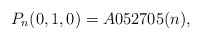
\begin{gather*} P_n(0,1,0) = A052705(n),\end{gather*}